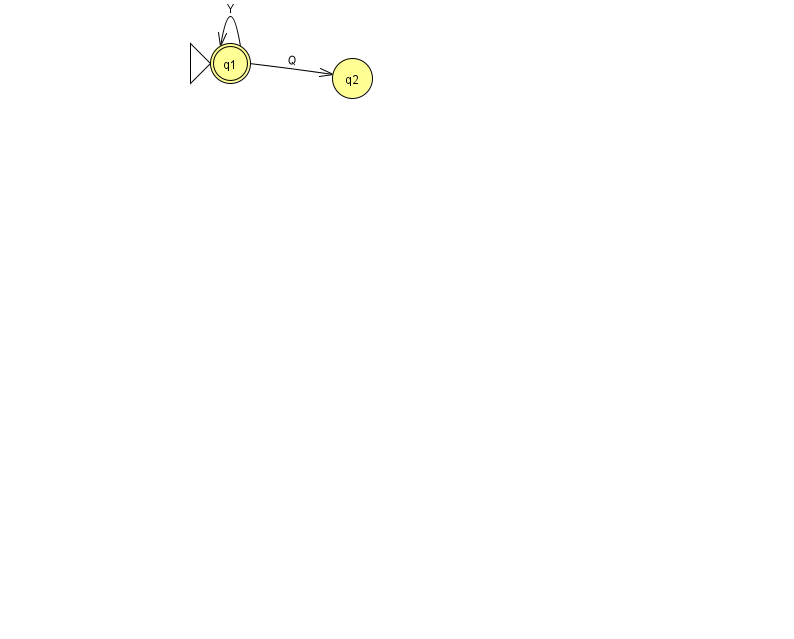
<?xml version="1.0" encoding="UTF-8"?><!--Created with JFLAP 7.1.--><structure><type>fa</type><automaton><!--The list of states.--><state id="1" name="q1"><x>230.0</x><y>50.0</y><initial/><final/></state><state id="2" name="q2"><x>352.0</x><y>65.0</y></state><!--The list of transitions.--><transition><from>1</from><to>1</to><read>Y</read></transition><transition><from>1</from><to>2</to><read>Q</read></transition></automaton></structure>